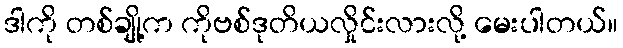
ဒါကို တစ်ချို့က ကိုဗစ်ဒုတိယလှိုင်းလားလို့ မေးပါတယ်။